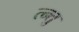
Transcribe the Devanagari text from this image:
त्न्तु